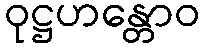
ဝုဋ္ဌဟန္တောဝ